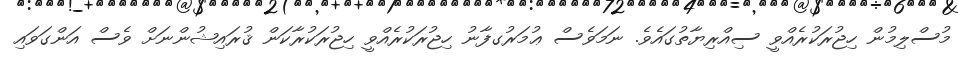
މުސްލިމުން ހިޖުރަކުރެއްވީ ސިއްރިޔާތުގައެވެ. ނަމަވެސް ޢުމަރުގފާނު ހިޖުރަކުރެއްވީ ހިޖުރަކުރާކަން ޤުރައިޝުންނަށް ވެސް އަންގަވައި